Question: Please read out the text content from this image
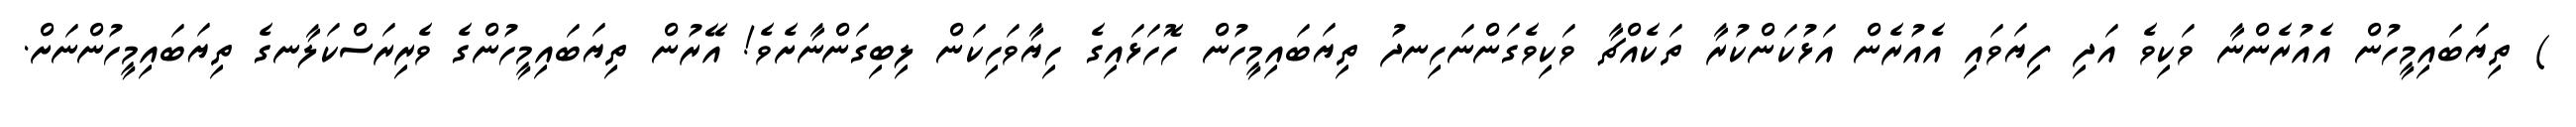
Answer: ) ތިޔަބައިމީހުން އެއުރެންނާ ވަކިވެ އަދި ފިޔަވައި އެއުރެން އަޅުކަންކުރާ ތަކެއްޗާ ވަކިވެގަންނަހިނދު ތިޔަބައިމީހުން ހޮހަޅައިގެ ހިޔާވަހިކަން ލިބިގަންނާށެވެ! އޭރުން ތިޔަބައިމީހުންގެ ވެރިރަސްކަލާނގެ ތިޔަބައިމީހުންނަށް.